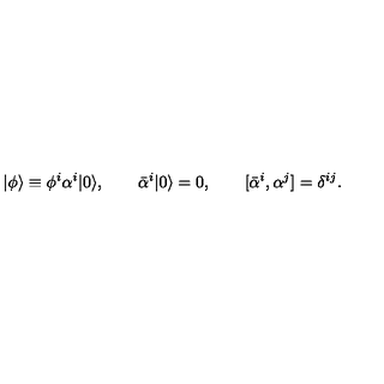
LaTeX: | \phi \rangle \equiv \phi ^ { i } \alpha ^ { i } | 0 \rangle , \qquad \bar { \alpha } ^ { i } | 0 \rangle = 0 , \qquad [ \bar { \alpha } ^ { i } , \alpha ^ { j } ] = \delta ^ { i j } .